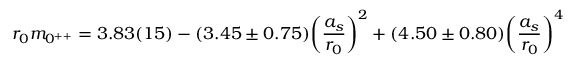
r _ { 0 } m _ { 0 ^ { + + } } = 3 . 8 3 ( 1 5 ) - ( 3 . 4 5 \pm 0 . 7 5 ) \biggl ( { \frac { a _ { s } } { r _ { 0 } } } \biggr ) ^ { 2 } + ( 4 . 5 0 \pm 0 . 8 0 ) \biggl ( { \frac { a _ { s } } { r _ { 0 } } } \biggr ) ^ { 4 }